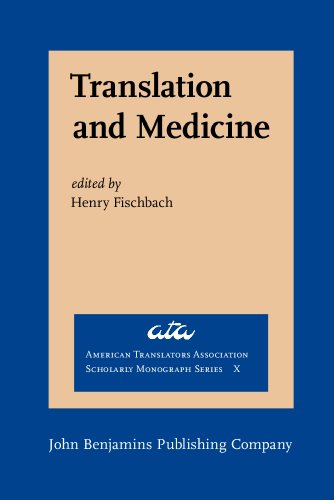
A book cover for Translation and Medicine (American Translators Association Scholarly Monograph Series, Vol. 10); Reference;